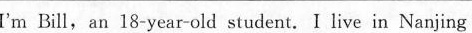
I'm Bill, an 18-year-old student.I live in Nanjing